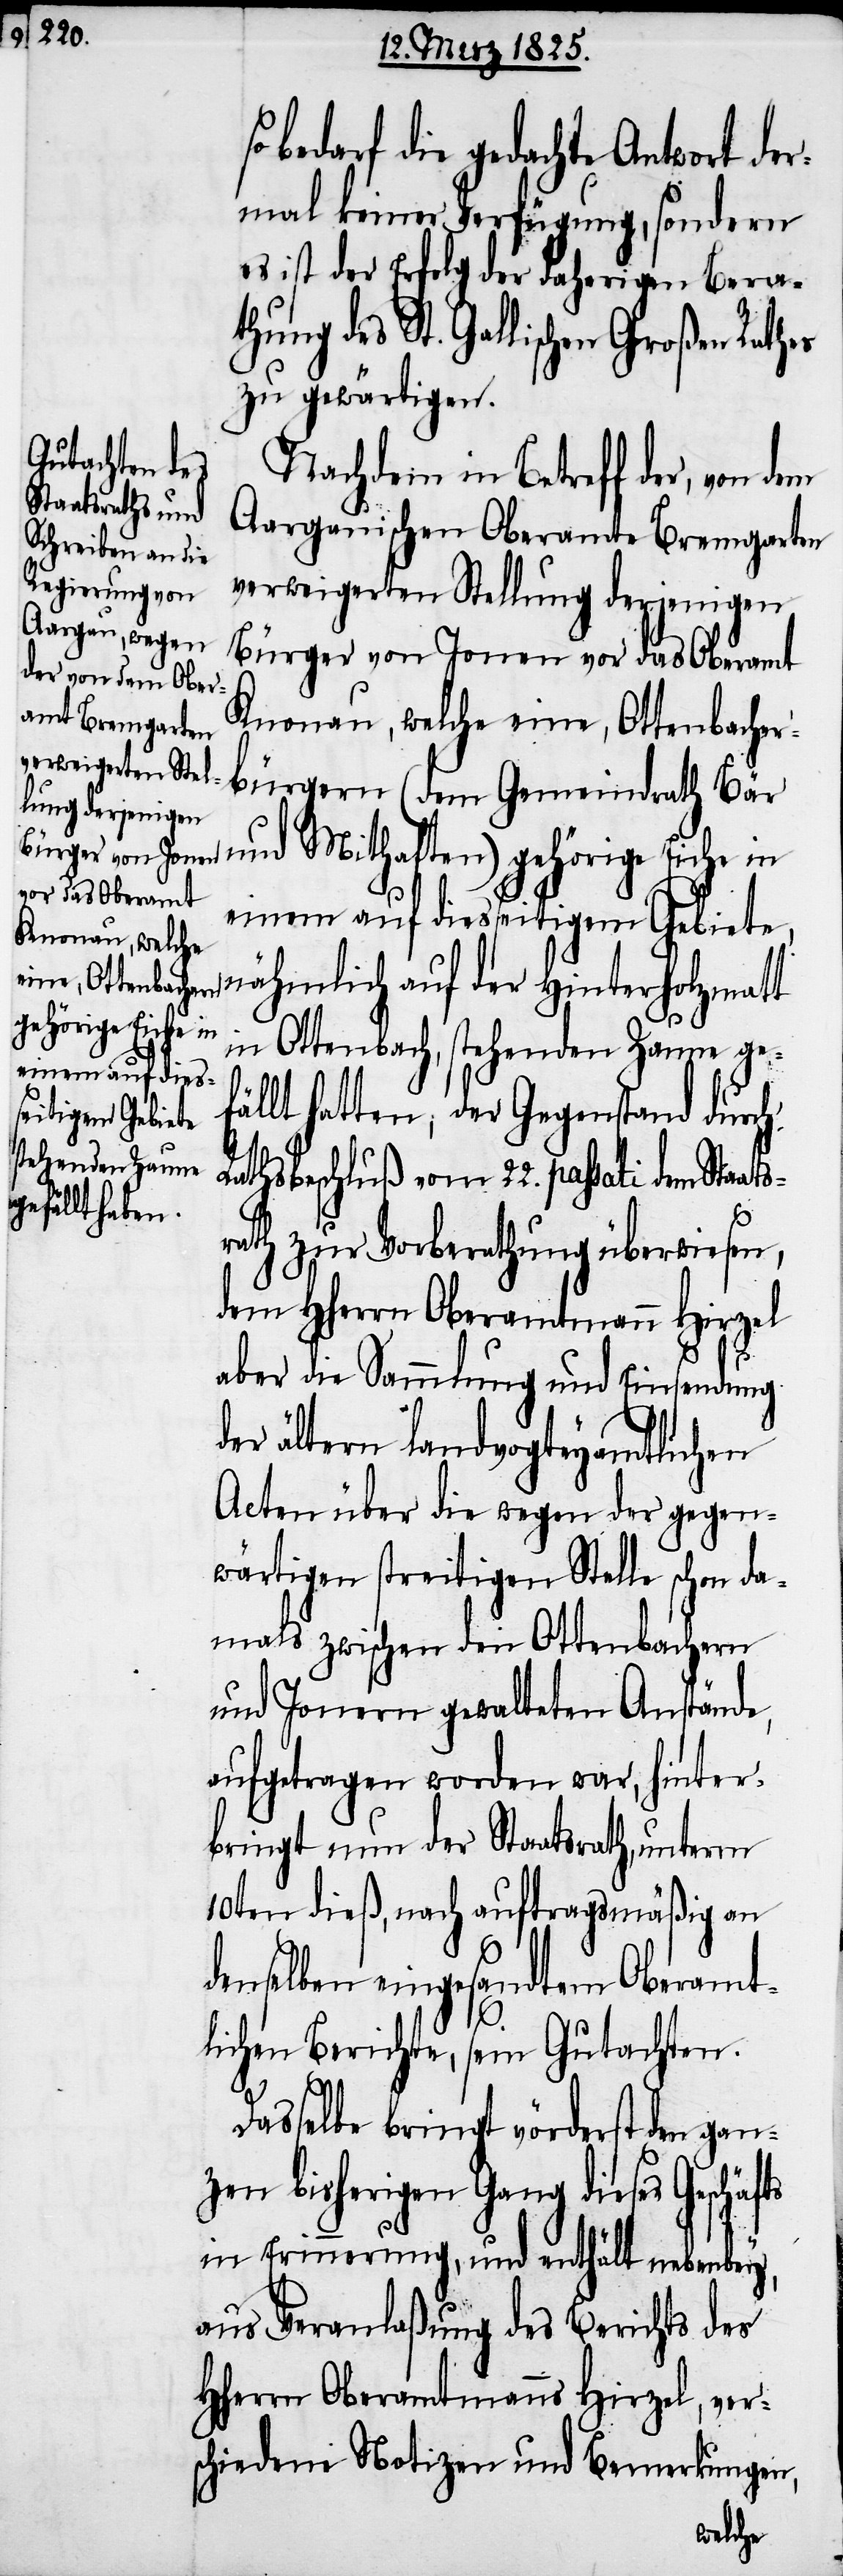
ats¬
einem auf diess¬
eitigem Gebiete,

bedarf die gedachte Antwort de¬
rmal keiner Verfügung, sondern
es ist der Erfolg der daherigen Berath¬
ung des St. Gallischen Großen
zu gewärtigen.
Nachdem in Betreff der, von dem
Aargauischen Oberamte Bremgarten
verweigerten Stellung derjenigen
Bürger von Jonen vor das Oberamt
Knonau, welche eine, Ottenbacher¬
bürgern (dem Gemeindrath Bär
und Mithaften) gehörige Eiche in
nähmlich auf der Hinterholzmatt
in Ottenbach, stehenden Zaune gef¬
ällt hatten; der Gegenstand durch
Rathsbeschluß vom 22. passati dem Sta¬
rath zur Vorberathung überwiesen,
dem Hherrn Oberamtmann Hirzel
aber die Sammlung und Einsendung
der ältern landvogteyamtlichen
Acten über die wegen der gegen¬
wärtigen streitigen Stelle schon da¬
mals zwischen den Ottenbachern
und Jonern gewalteten Anstände,
aufgetragen worden war, hinter¬
bringt nun der Staatsrath, unterm
10ten dieß, nach auftragsmäßig an
denselben eingesandten Oberamt¬
lichen Berichte, sein Gutachten.
Dasselbe bringt vörderst den gan¬
zen bisherigen Gang dieses Geschäfts
in Erinnerung, und enthält nebenbey,
aus Veranlaßung des Berichts des
HHerrn Oberamtmanns Hirzel, ver¬
schiedene Notizen und Bemerkungen,